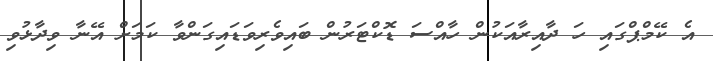
އެ ކޭމްޕްގައި ހަ ދާއިރާއަކުން ހާއްސަ ޑޮކްޓަރުން ބައިވެރިވަޑައިގަންވާ ކަމަށް އޭނާ ވިދާޅުވި